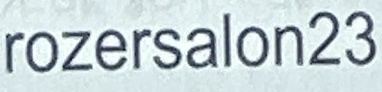
rozarsalon23